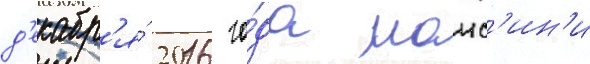
д'екабр'я́ 2016 го́да манс'ин'и